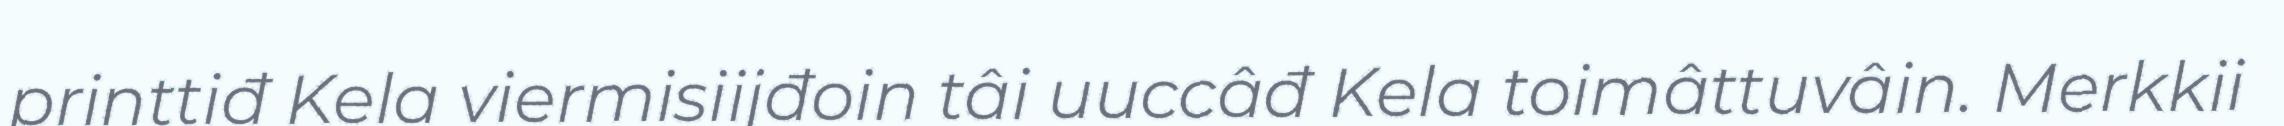
printtiđ Kela viermisiijđoin tâi uuccâđ Kela toimâttuvâin. Merkkii